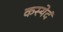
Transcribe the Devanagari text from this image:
कस्येदं